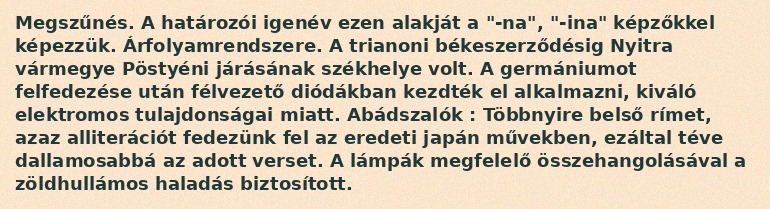
Megszűnés. A határozói igenév ezen alakját a "-na", "-ina" képzőkkel képezzük. Árfolyamrendszere. A trianoni békeszerződésig Nyitra vármegye Pöstyéni járásának székhelye volt. A germániumot felfedezése után félvezető diódákban kezdték el alkalmazni, kiváló elektromos tulajdonságai miatt. Abádszalók : Többnyire belső rímet, azaz alliterációt fedezünk fel az eredeti japán művekben, ezáltal téve dallamosabbá az adott verset. A lámpák megfelelő összehangolásával a zöldhullámos haladás biztosított.